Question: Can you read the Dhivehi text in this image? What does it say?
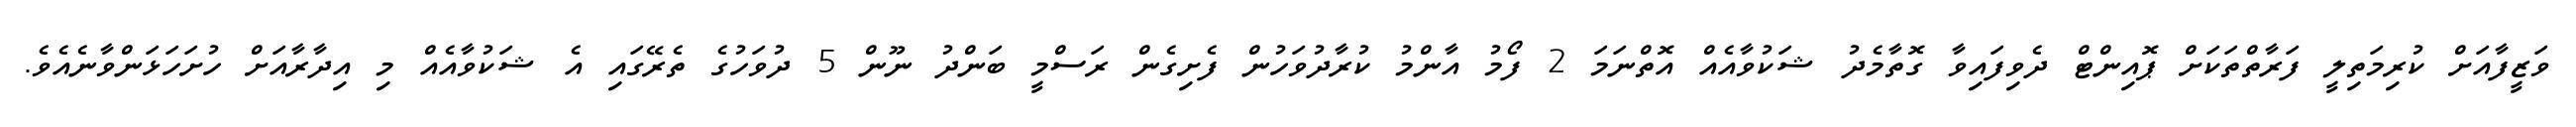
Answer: ވަޒީފާއަށް ކުރިމަތިލީ ފަރާތްތަކަށް ޕޮއިންޓް ދެވިފައިވާ ގޮތާމެދު ޝަކުވާއެއް އޮތްނަމަ 2 ފޯމު އާންމު ކުރާދުވަހުން ފެށިގެން ރަސްމީ ބަންދު ނޫން 5 ދުވަހުގެ ތެރޭގައި އެ ޝަކުވާއެއް މި އިދާރާއަށް ހުށަހަޅަންވާނެއެވެ.